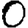
Digit: 0